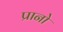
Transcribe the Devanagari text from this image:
प्रानो